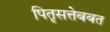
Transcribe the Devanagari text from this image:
पितृसत्तेबबत